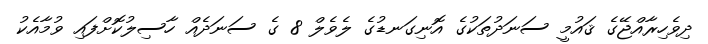
ދިވެހިރާއްޖޭގެ ޤައުމީ ސަނަދުތަކުގެ އޮނިގަނޑުގެ ލެވެލް 8 ގެ ސަނަދެއް ހާސިލުކޮށްފައި ވުމާއެކު